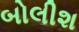
બોલીશ